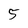
Character: 5